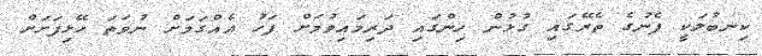
ކިނބުލަކީ ފެނުގެ ތެރޭގައި ގުޅުން ހިންގައި ދަރިމައިވުމަށް ފަހު އެއްގަމަށް ނުވަތަ ހޭޅިފަށަށް